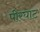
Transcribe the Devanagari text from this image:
पीरघाट